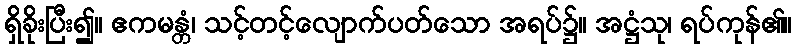
ရှိခိုးပြီး၍။ ဧကမန္တံ၊ သင့်တင့်လျောက်ပတ်သော အရပ်၌။ အဋ္ဌံသု၊ ရပ်ကုန်၏။